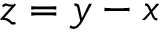
z = y - x